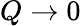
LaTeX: Q\to 0